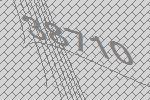
38710